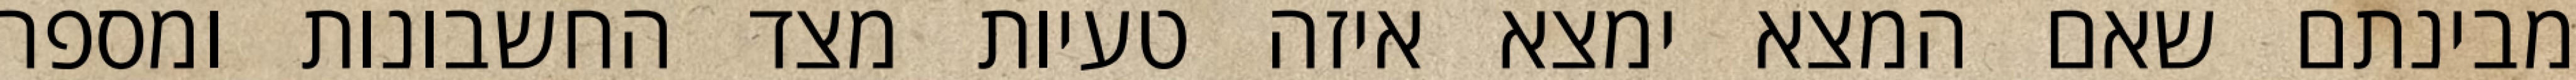
מבינתם שאם המצא ימצא איזה טעיות מצד החשבונות ומספר